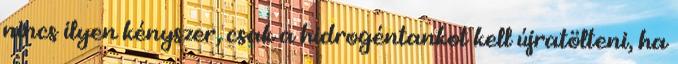
nincs ilyen kényszer, csak a hidrogéntankot kell újratölteni, ha